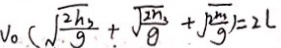
v _ { 0 } ( \sqrt { \frac { 2 h _ { 3 } } { g } } + \sqrt { \frac { 2 n _ { 3 } } { g } } + \sqrt { \frac { 2 m } { g } } ) = 2 L